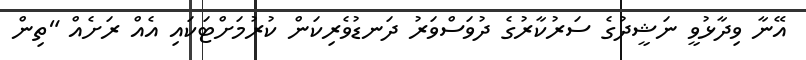
އޭނާ ވިދާޅުވީ ނަޝީދުގެ ސަރުކާރުގެ ދުވަސްވަރު ދަނޑުވެރިކަން ކުރުމަށްޓަކައި އެއް ރަށެއް "ތިން